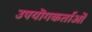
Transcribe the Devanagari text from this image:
उपयॊगकर्ताओं